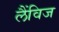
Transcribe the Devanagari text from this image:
लैंविज